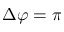
\Delta \varphi = \pi